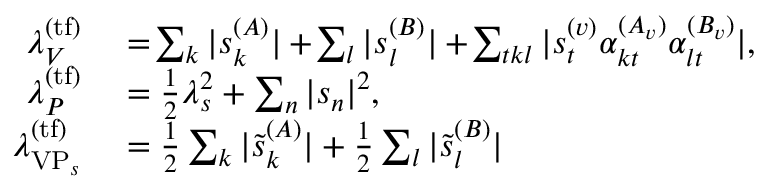
\begin{array} { r l } { \lambda _ { V } ^ { ( \mathrm { t f } ) } } & { { } = \! \sum _ { k } | s _ { k } ^ { ( A ) } | + \! \sum _ { l } | s _ { l } ^ { ( B ) } | + \! \sum _ { t k l } | s _ { t } ^ { ( v ) } \alpha _ { k t } ^ { ( A _ { v } ) } \alpha _ { l t } ^ { ( B _ { v } ) } | , } \\ { \lambda _ { P } ^ { ( \mathrm { t f } ) } } & { { } = \frac { 1 } { 2 } \lambda _ { s } ^ { 2 } + \sum _ { n } | s _ { n } | ^ { 2 } , } \\ { \lambda _ { \mathrm { V P } _ { s } } ^ { ( \mathrm { t f } ) } } & { { } = \frac { 1 } { 2 } \sum _ { k } | \tilde { s } _ { k } ^ { ( A ) } | + \frac { 1 } { 2 } \sum _ { l } | \tilde { s } _ { l } ^ { ( B ) } | } \end{array}